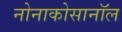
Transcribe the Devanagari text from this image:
नोनाकोसानॉल